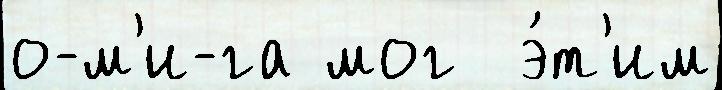
о-м'и-га мог  э́т'им